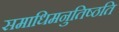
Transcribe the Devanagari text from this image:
समाधिमनुतिष्ठति